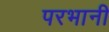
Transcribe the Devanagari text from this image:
परभानी